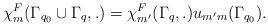
LaTeX: \begin{align*}\chi^F_m(\Gamma_{q_0} \cup \Gamma_{q},.) =\chi^F_{m'}(\Gamma_{q},.)u_{m'm}(\Gamma_{q_0}). \end{align*}